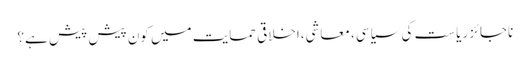
ناجائز ریاست کی سیاسی، معاشی،اخلاقی حمایت میں کون پیش پیش ہے؟